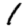
Digit: 1